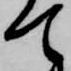
て